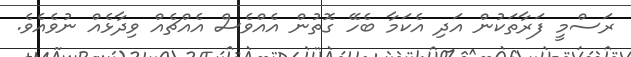
ރަސްމީ ފަރާތަކުން އަދި އެކަމާ ބެހޭ ގޮތުން އެއްވެސް އެއްޗެއް ވިދާޅެއް ނުވެއެވެ.